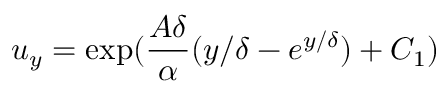
u _ { y } = \exp ( \frac { A \delta } { \alpha } ( { y } / { \delta } - e ^ { { y } / { \delta } } ) + C _ { 1 } )